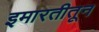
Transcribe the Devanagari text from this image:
इमारतीतून